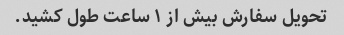
تحویل سفارش بیش از ۱ ساعت طول کشید.